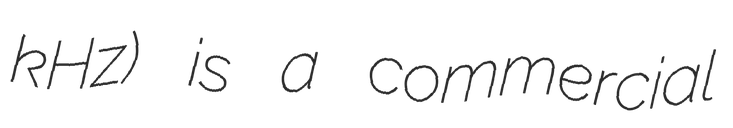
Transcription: kHz) is a commercial